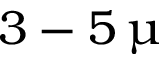
3 - 5 \, \upmu